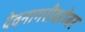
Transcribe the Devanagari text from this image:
देवनागरीबरोबर